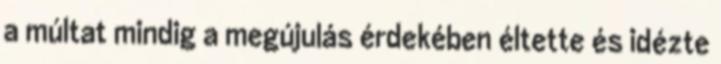
a múltat mindig a megújulás érdekében éltette és idézte